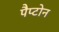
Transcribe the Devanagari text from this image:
पैप्टोन